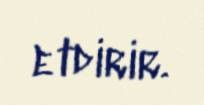
etdirir.